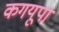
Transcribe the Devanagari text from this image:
कगयूपा